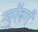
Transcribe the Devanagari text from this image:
न्युरेंबर्ग